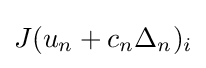
J(u_{n}+c_{n}\Delta _{n})_{i}